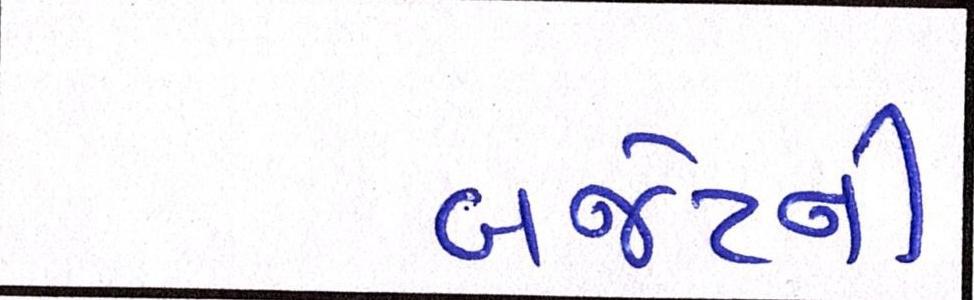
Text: બજેટની